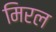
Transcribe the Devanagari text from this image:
मिरल